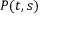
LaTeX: \textstyle P ( t , s )